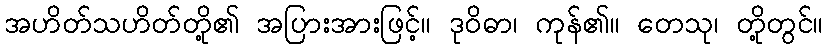
အဟိတ်သဟိတ်တို့၏ အပြားအားဖြင့်။ ဒုဝိဓာ၊ ကုန်၏။ တေသု၊ တို့တွင်။